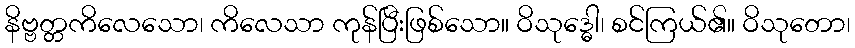
နိဗ္ဗတ္တကိလေသော၊ ကိလေသာ ကုန်ပြီးဖြစ်သော။ ဝိသုဒ္ဓေါ၊ စင်ကြယ်၏။ ဝိသုတော၊